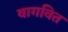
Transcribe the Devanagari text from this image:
वागवित